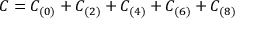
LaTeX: C = C _ { ( 0 ) } + C _ { ( 2 ) } + C _ { ( 4 ) } + C _ { ( 6 ) } + C _ { ( 8 ) }